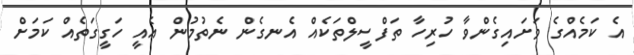
އެ ކަމެއްގެ ވަށައިގެންވާ ހުރިހާ ތަފްސީލްތަކެއް އެނގެން ނެތުމުން އެއީ ހަގީގަތެއް ކަމަށް